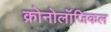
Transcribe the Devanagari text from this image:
क्रोनोलॉजिकल